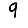
Digit: 9